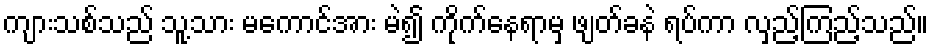
ကျားသစ်သည် သူ့သား မကောင်အား မဲ၍ ကိုက်နေရာမှ ဖျတ်ခနဲ ရပ်ကာ လှည့်ကြည့်သည်။